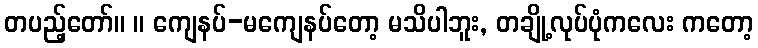
တပည့်တော်။ ။ ကျေနပ်-မကျေနပ်တော့ မသိပါဘူး, တချို့လုပ်ပုံကလေး ကတော့